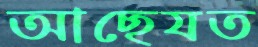
আছেযত